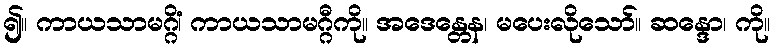
၍။ ကာယသာမဂ္ဂိံ၊ ကာယသာမဂ္ဂီကို။ အဒေန္တေန၊ မပေးလိုသော်။ ဆန္ဒော၊ ကို။